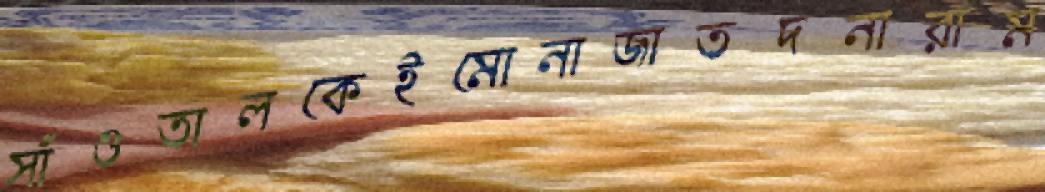
সাঁওতালকেইমোনাজাতদনারাম